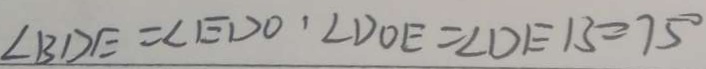
\angle B D E = \angle E D O , \angle D O E = \angle D E B = 7 5 ^ { \circ }